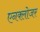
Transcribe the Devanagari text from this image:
एनक्लोजर